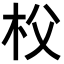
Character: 𣏤